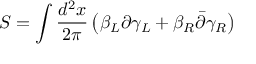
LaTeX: S = \int { \frac { d ^ { 2 } x } { 2 \pi } } \left( \beta _ { L } \partial \gamma _ { L } + \beta _ { R } \bar { \partial } \gamma _ { R } \right)